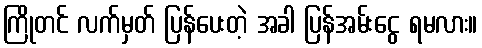
ကြိုတင် လက်မှတ် ပြန်ပေးတဲ့ အခါ ပြန်အမ်းငွေ ရမလား။